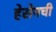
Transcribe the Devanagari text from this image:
हेसेनची